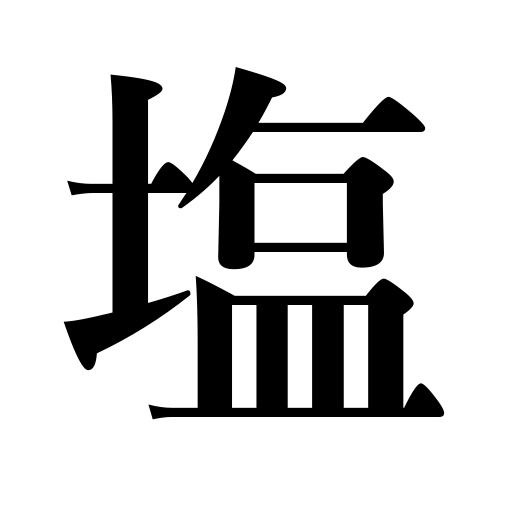
Meanings: seasoning,salt